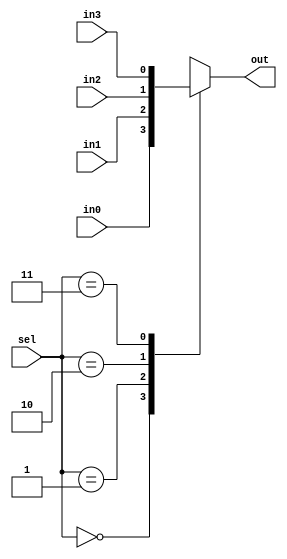
module test (
in0, in1, in2, in3, sel, out
);

// Inputs and Outputs
input   in0,in1,in2,in3;
input [1:0] sel;

output  reg  out;

always @(*) begin
case (sel)
2'b00 : out = in0;
2'b01 : out = in1;
2'b10 : out = in2;
2'b11 : out = in3;
endcase

end

endmodule